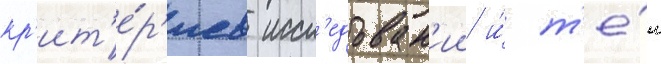
кр'ит'е́р'иев иссл'едован'ии и́ т'е́м